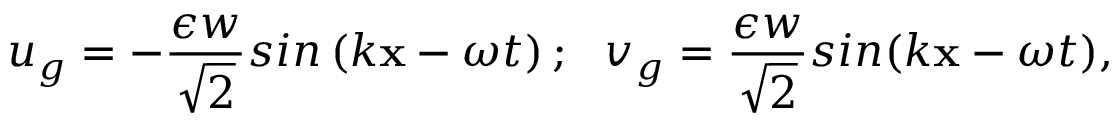
u _ { g } = - \frac { \epsilon w } { \sqrt { 2 } } s i n \left( k \mathbf { x } - \omega t \right) ; \ \ v _ { g } = \frac { \epsilon w } { \sqrt { 2 } } s i n ( k \mathbf { x } - \omega t ) ,